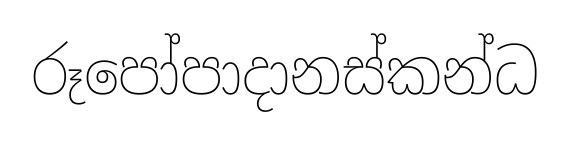
රූපෝපාදානස්කන්ධ